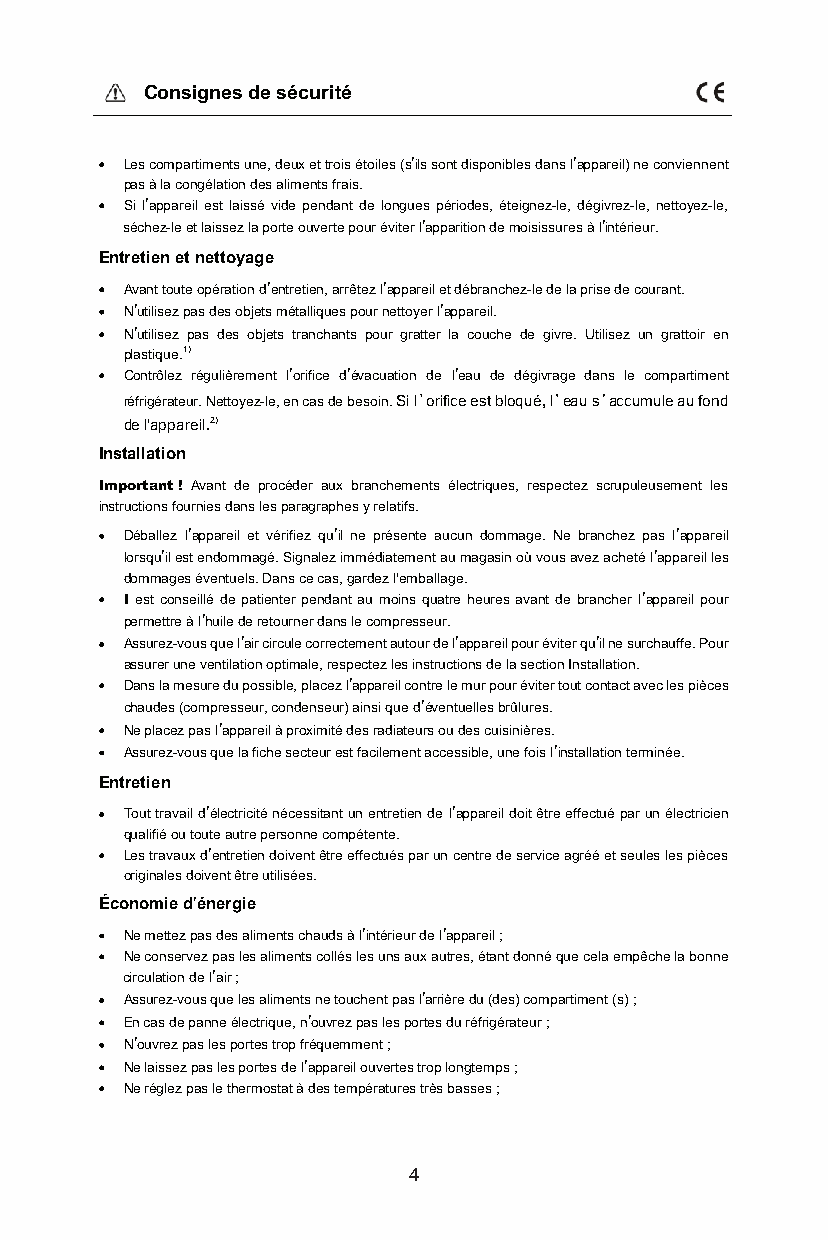
Consignes de sécurité
 Les compartiments une, deux et trois étoiles (s’ils sont disponibles dans l’appareil) ne conviennent
 pas à la congélation des aliments frais.
 Si l’appareil est laissé vide pendant de longues périodes, éteignez-le, dégivrez-le, nettoyez-le,
 séchez-le et laissez la porte ouverte pour éviter l’apparition de moisissures à l’intérieur.
 Entretien et nettoyage
 Avant toute opération d’entretien, arrêtez l’appareil et débranchez-le de la prise de courant.
 N’utilisez pas des objets métalliques pour nettoyer l’appareil.
 N’utilisez pas des objets tranchants pour gratter la couche de givre. Utilisez un grattoir en
 plastique.1)
 Contrôlez régulièrement l’orifice d’évacuation de l’eau de dégivrage dans le compartiment
 réfrigérateur. Nettoyez-le, en cas de besoin. Si l orifice est bloqué, l eau s accumule au fond
 de l'appareil.2)
 Installation
 Important! Avant de procéder aux branchements électriques, respectez scrupuleusement les
 instructions fournies dans les paragraphes y relatifs.
 Déballez l’appareil et vérifiez qu’il ne présente aucun dommage. Ne branchez pas l’appareil
 lorsqu’il est endommagé. Signalez immédiatement au magasin où vous avez acheté l’appareil les
 dommages éventuels. Dans ce cas, gardez l'emballage.
 Il est conseillé de patienter pendant au moins quatre heures avant de brancher l’appareil pour
 permettre à l’huile de retourner dans le compresseur.
 Assurez-vous que l’air circule correctement autour de l’appareil pour éviter qu’il ne surchauffe. Pour
 assurer une ventilation optimale, respectez les instructions de la section Installation.
 Dans la mesure du possible, placez l’appareil contre le mur pour éviter tout contact avec les pièces
 chaudes (compresseur, condenseur) ainsi que d’éventuelles brûlures.
 Ne placez pas l’appareil à proximité des radiateurs ou des cuisinières.
 Assurez-vous que la fiche secteur est facilement accessible, une fois l’installation terminée.
 Entretien
 Tout travail d’électricité nécessitant un entretien de l’appareil doit être effectué par un électricien
 qualifié ou toute autre personne compétente.
 Les travaux d’entretien doivent être effectués par un centre de service agréé et seules les pièces
 originales doivent être utilisées.
 Économie d’énergie
 Ne mettez pas des aliments chauds à l’intérieur de l’appareil;
 Ne conservez pas les aliments collés les uns aux autres, étant donné que cela empêche la bonne
 circulation de l’air;
 Assurez-vous que les aliments ne touchent pas l’arrière du (des) compartiment (s);
 En cas de panne électrique, n’ouvrez pas les portes du réfrigérateur;
 N’ouvrez pas les portes trop fréquemment;
 Ne laissez pas les portes de l’appareil ouvertes trop longtemps;
 Ne réglez pas le thermostat à des températures très basses;
 4